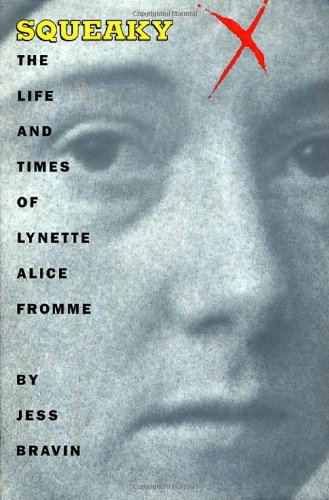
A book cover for Squeaky: The Life and Times Of Lynette Alice Fromme; Jess Bravin; Cookbooks, Food & Wine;